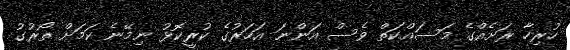
ހުރިހާ ރަށެއްގެ މަސައްކަތް ވެސް އަންނަ އަހަރުގެ ކުރީކޮޅު ނިމޭނެ ކަމަށް ތޯރުގު